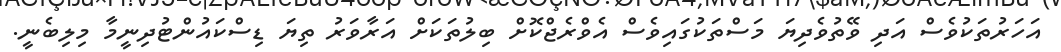
އަހަރުތަކުވެސް އަދި ވޭތުވެދިޔަ މަސްތަކުގައިވެސް އެވްރެޖްކޮށް ބިލުތަކަށް އަރާވަރު ތިޔަ ޑިސްކައުންޓުދިނީމާ މިލިބެނީ.